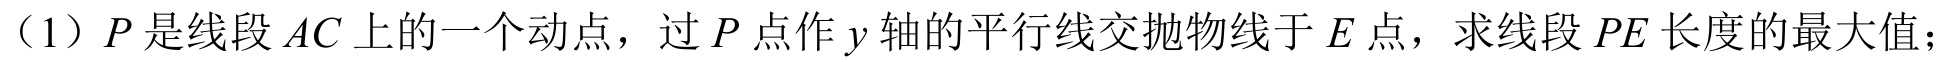
（1）\(P\)是线段\(AC\)上的一个动点，过\(P\)点作\(y\)轴的平行线交抛物线于\(E\)点，求线段\(PE\)长度的最大值；